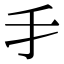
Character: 𠄒